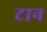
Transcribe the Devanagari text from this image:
टान